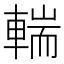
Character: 輲